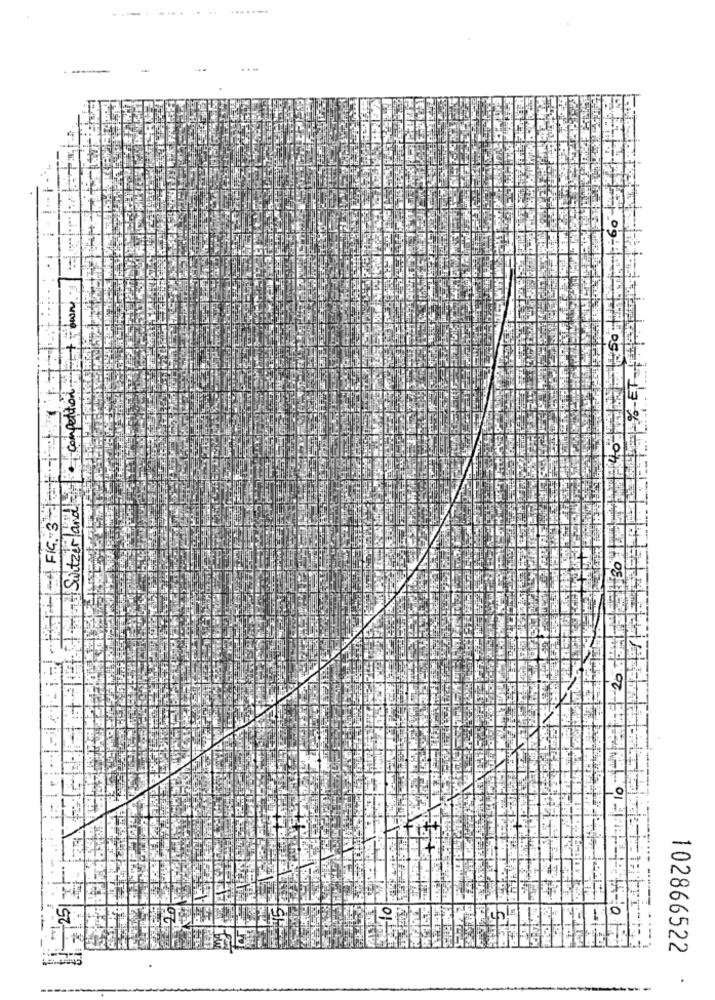
Switzerland i + + competition
1 30
4-18.301
25
102866522
.
--